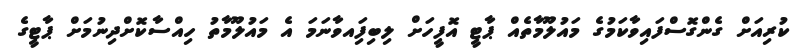
ކުރިއަށް ގެންގޮސްފައިވާކަމުގެ މައުލޫމާތެއް ޕާޓީ އޮފީހަށް ލިބިފަިއވާނަމަ އެ މައުލޫމާތު ހިއްސާކޮށްދިނުމަށް ޕާޓީގެ